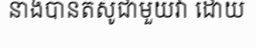
នាងបានតស៊ូជាមួយវា ដោយ